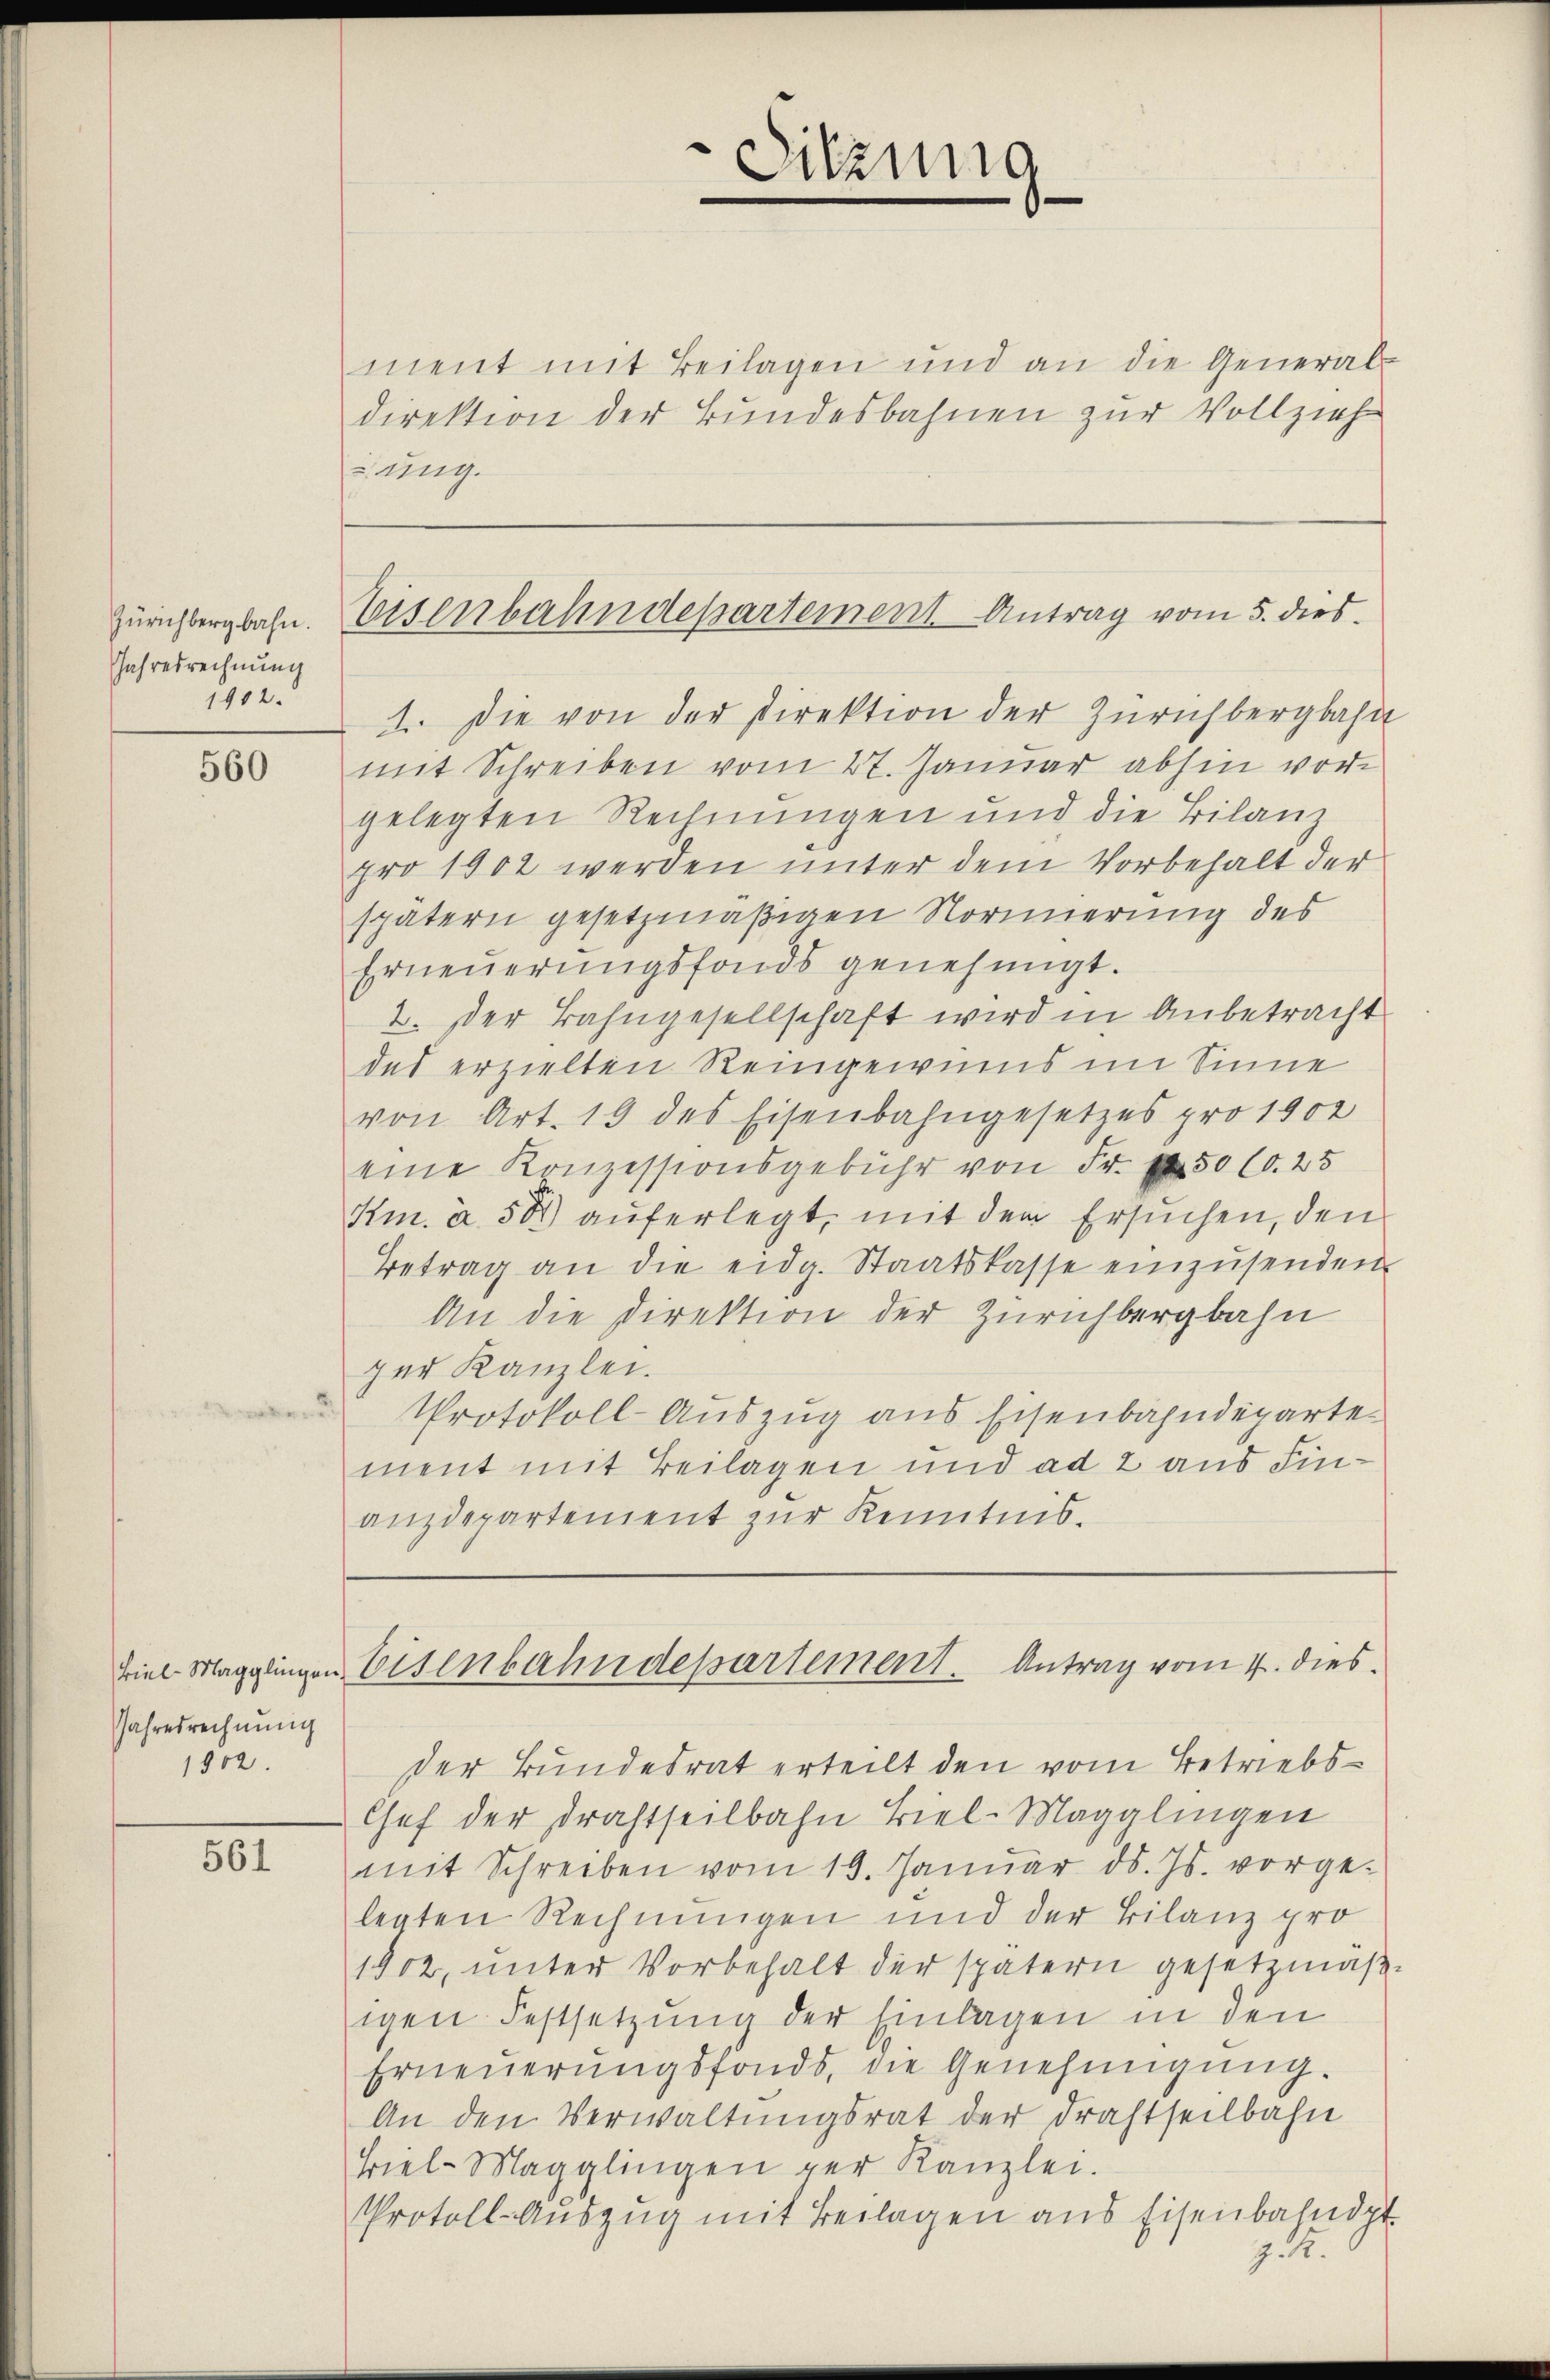
Zürichbergbahn.
Jahresrechnung
1902.

560

Jahresrechnung
1902.

561

1. Die von der Direktion der Zürichbergbahn
mit Schreiben vom 27. Januar abhin vorgelegten Rechnungen und die Bilanz
pro 1902 werden unter dem Vorbehalt der
spätern gesetzmäßigen Normierung des
Erneŭerŭngsfonds genehmigt.
2. Der Bahngesellschaft wird in Anbetracht
des erzielten Reingewies im Sinne
von Art. 19 des Eisenbahngesetzes pro 1902
eine Konzessionsgebühr von Fr. 50 (O. 25
Km. à 50 auferlegt, mit dem Ersuchen, den
Betrag an die eidg. Staatskasse einzŭsenden
An die Direktion der Zürichbergbahn
zer Kanzlei.
Protokoll-Auszug aus Eisenbahndeparte
ment mit Beilagen und ad 2 aus Finanzdepartement zur Kenntnis.

ment mit Beilagen und an die General-
direktion der Bundesbahnen zur Vollzieh
dung.

Sitzung

Eisenbahndepartement Antrag vom 5. dies

viel Magglingen Eisenbahndepartement. Antrag vom 4. dies

der Bundesrat erteilt den vom Betriebs¬
Chef der Drahtheilbahn Biel-Magglingen
mit Schreiben vom 19. Januar d. Js. vorgelegten Rechnungen und der Bilanz pro
1902, ŭnter Vorbehalt der spätern gesetzmäβ-
igen Festsetzung der Einlagen in den
Erneŭerŭngsfonds, die Genehmigŭng.
An den Verwaltungsrat der Drahtheilbahn
Biel-Magglingen per Kanzlei.
Protoll- Aŭszŭg mit Beilagen aus Eisenbahndpt.
7.